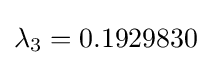
\lambda _{3}=0.1929830